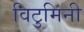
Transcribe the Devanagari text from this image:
विटुमिनी